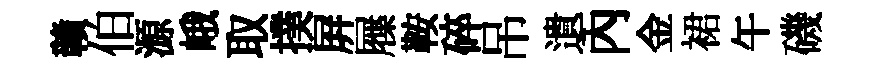
贛伯源峨取撲屛屧鞍碎吊遺內金裙午磯